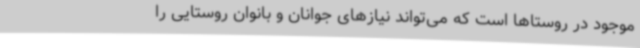
موجود در روستاها است که می‌تواند نیازهای جوانان و بانوان روستایی را